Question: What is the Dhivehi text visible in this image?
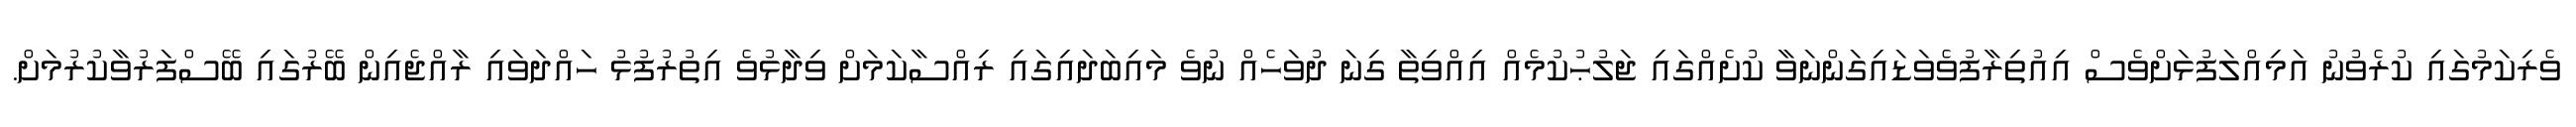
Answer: ވެރިކަމުގައި ކުރެވުނު އަމިއްލަފުޅަށްވެސް އިއުތިރާފުވެވަޑައިގަންނަވާ ކުށެއްގައި ޖަލުޙުކުމެއް އިއްވިތާ ގިނަ ދުވަހެއް ނުވެ މައިބަދައިގައި ރިއްސާކަމަށް ވިދާޅުވެ އިތުރުފުޅު ހައްދަވައި ރާއްޖެއިން ބޭރުގައި ބޭސްފަރުވާކުރުމަށް.